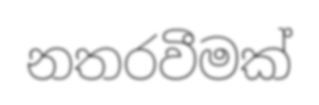
නතරවීමක්